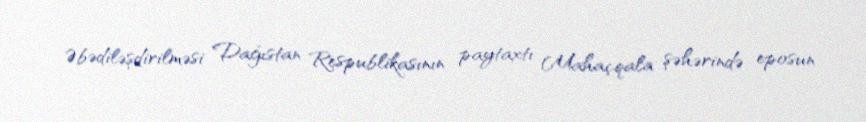
Əbədiləşdirilməsi Dağıstan Respublikasının paytaxtı Mahaçqala şəhərində eposun